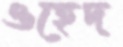
ওহেদ